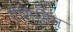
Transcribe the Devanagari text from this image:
ऐसिडिन